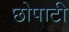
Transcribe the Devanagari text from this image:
छोपाटी